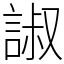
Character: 諔